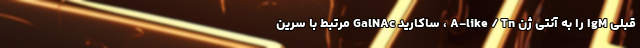
قبلی IgM را به آنتی ژن A-like / Tn ، ساکارید GalNAc مرتبط با سرین